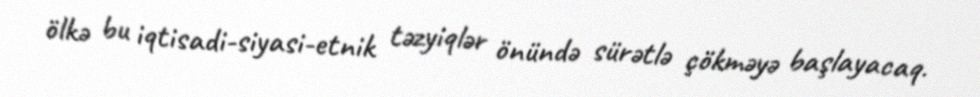
ölkə bu iqtisadi-siyasi-etnik təzyiqlər önündə sürətlə çökməyə başlayacaq.